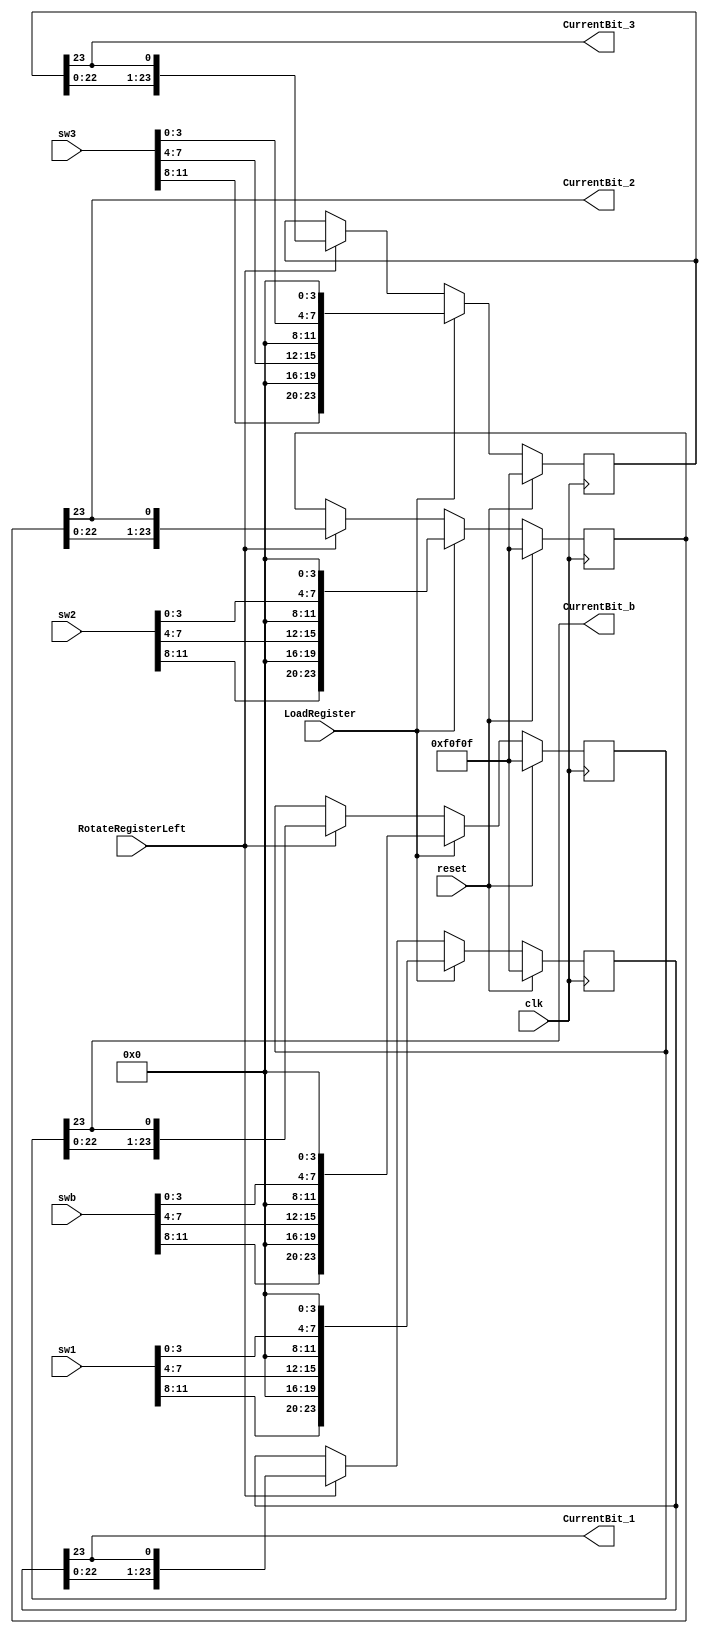
// ShiftRegister.v
// determines the 24-bit control word for an LED module
// shifts it out one bit at a time
// keeps sending the same 24 bits, so same color to all modules

module big_reg(CurrentBit_1,CurrentBit_2,CurrentBit_3,CurrentBit_b,sw1,sw2,sw3,swb,LoadRegister,RotateRegisterLeft,clk,reset);
  output CurrentBit_1,CurrentBit_2,CurrentBit_3,CurrentBit_b;
  input  [11:0] sw1,sw2,sw3,swb; //12 bit registers that hold the values determined in RandomColor
  input  LoadRegister, RotateRegisterLeft;
  input  clk, reset;

  parameter DEFAULTREG=24'h0F0F0F;  // white, half brightness

  // 24 bits for GRB control
  reg [23:0]  TheReg_1, nTheReg_1;  
  reg [23:0]  TheReg_2, nTheReg_2;
  reg [23:0]  TheReg_3, nTheReg_3;
  reg [23:0]  TheReg_b, nTheReg_b;
  
//Player 1: Color Value
  always @(posedge clk)
    if(reset) TheReg_1 <= DEFAULTREG;
    else  TheReg_1 <= nTheReg_1;
      
    // switches set the upper 4 bits of the GRB control bytes
  always @(TheReg_1, LoadRegister, RotateRegisterLeft, sw1)
    if(LoadRegister)
      nTheReg_1 = {sw1[11:8],4'b0000,sw1[7:4],4'b0000,sw1[3:0],4'b0000};
    else if(RotateRegisterLeft)
      nTheReg_1 = {TheReg_1[22:0],TheReg_1[23]};
    else
      nTheReg_1 = TheReg_1;

  assign  CurrentBit_1 = TheReg_1[23];

//Player 2: Color Value
  always @(posedge clk)
    if(reset) TheReg_2 <= DEFAULTREG;
    else  TheReg_2 <= nTheReg_2;

    // switches set the upper 4 bits of the GRB control bytes
  always @(TheReg_2, LoadRegister, RotateRegisterLeft, sw2)
    if(LoadRegister)
      nTheReg_2 = {sw2[11:8],4'b0000,sw2[7:4],4'b0000,sw2[3:0],4'b0000};
    else if(RotateRegisterLeft)
      nTheReg_2= {TheReg_2[22:0],TheReg_2[23]};
    else
      nTheReg_2 = TheReg_2;

  assign  CurrentBit_2 = TheReg_2[23];
  
//Player 3: Color Value 
  always @(posedge clk)
    if(reset) TheReg_3 <= DEFAULTREG;
    else  TheReg_3 <= nTheReg_3;
   
    // switches set the upper 4 bits of the GRB control bytes
  always @(TheReg_3, LoadRegister, RotateRegisterLeft, sw3)
    if(LoadRegister)
      nTheReg_3= {sw3[11:8],4'b0000,sw3[7:4],4'b0000,sw3[3:0],4'b0000};
    else if(RotateRegisterLeft)
      nTheReg_3 = {TheReg_3[22:0],TheReg_3[23]};
    else
      nTheReg_3 = TheReg_3;

  assign  CurrentBit_3 = TheReg_3[23];

//Ball: Color Value
    always @(posedge clk)
    if(reset) TheReg_b <= DEFAULTREG;
    else  TheReg_b <= nTheReg_b;
 
    // switches set the upper 4 bits of the GRB control bytes
  always @(TheReg_b, LoadRegister, RotateRegisterLeft, swb)
    if(LoadRegister)
      nTheReg_b = {swb[11:8],4'b0000,swb[7:4],4'b0000,swb[3:0],4'b0000};
    else if(RotateRegisterLeft)
      nTheReg_b = {TheReg_b[22:0],TheReg_b[23]};
    else
      nTheReg_b = TheReg_b;

  assign  CurrentBit_b = TheReg_b[23];
endmodule